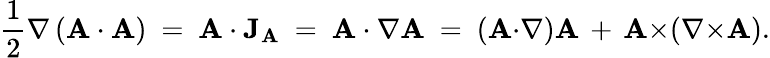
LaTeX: {\frac{1}{2}}\nabla\left(\mathbf{A}\cdot\mathbf{A}\right)\ =\ \mathbf{A}\cdot\mathbf{J}_{\mathbf{A}}\ =\ \mathbf{A}\cdot\nabla\mathbf{A}\ =\ (\mathbf{A}{\cdot}\nabla)\mathbf{A}\, +\, \mathbf{A}{\times}(\nabla{\times}\mathbf{A}).